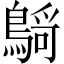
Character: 𪃴